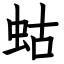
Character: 蛄